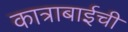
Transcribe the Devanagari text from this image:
कात्राबाईची